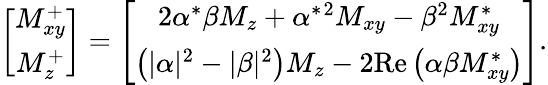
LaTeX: \left[\begin{array}{c}{M_{xy}^{+}}\\ {M_{z}^{+}}\end{array}\right]=\left[\begin{array}{c}{2\alpha^{*}\beta M_{z}+\alpha^{*}{^{2}}M_{xy}-\beta{^{2}}M_{xy}^{*}}\\ {\left(\left|\alpha\right|{^{2}}-\left|\beta\right|{^{2}}\right)M_{z}-2\mathrm{Re}\left(\alpha\beta M_{xy}^{*}\right)}\end{array}\right].